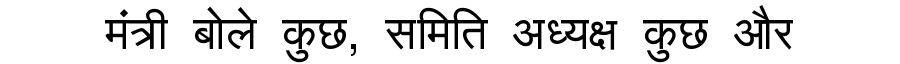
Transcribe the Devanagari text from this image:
मंत्री बोले कुछ, समिति अध्यक्ष कुछ और